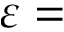
\varepsilon =